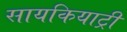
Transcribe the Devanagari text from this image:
सायकियाट्री